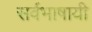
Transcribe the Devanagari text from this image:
सर्वभाषायी